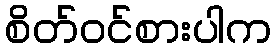
စိတ်ဝင်စားပါက